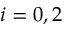
i = 0 , 2